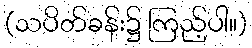
(သပိတ်ခန်း၌ ကြည့်ပါ။)